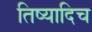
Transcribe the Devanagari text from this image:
तिष्यादिच